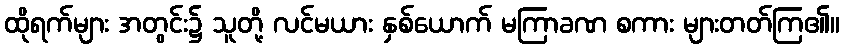
ထိုရက်များ အတွင်း၌ သူတို့ လင်မယား နှစ်ယောက် မကြာခဏ စကား များတတ်ကြ၏။